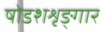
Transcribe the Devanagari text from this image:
षोडशशृङ्गार